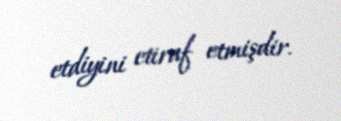
etdiyini etiraf etmişdir.